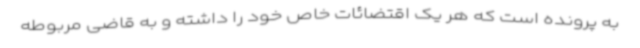
به پرونده است که هر یک اقتضائات خاص خود را داشته و به قاضی مربوطه